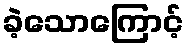
ခဲ့သောကြောင့်